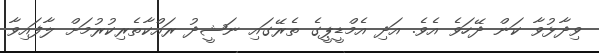
ވިދާޅުވާ ކަން ދޭހަވެ އެވެ. އަދި އެމްޑީޕީގެ ތެރޭގައި ނަޝީދު ރައްކާތެރިކުރުމަށް ލާފައިވާ